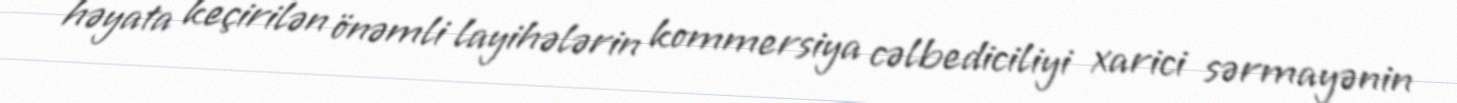
həyata keçirilən önəmli layihələrin kommersiya cəlbediciliyi xarici sərmayənin